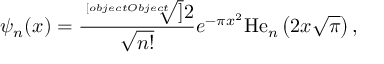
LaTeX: \psi _ { n } ( x ) = { \frac { \sqrt [ [object Object] ] { 2 } } { \sqrt { n ! } } } e ^ { - \pi x ^ { 2 } } \mathrm { H e } _ { n } \left( 2 x { \sqrt { \pi } } \right) ,